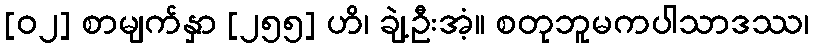
[၀၂] စာမျက်နှာ [၂၅၅] ဟိ၊ ချဲ့ဦးအံ့။ စတုဘူမကပါသာဒဿ၊